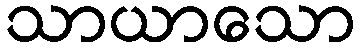
သာယာသော